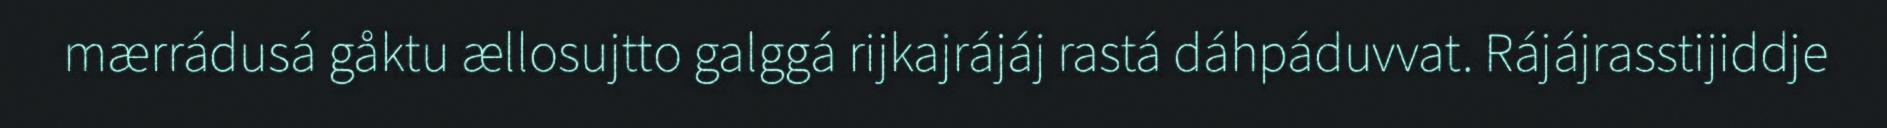
mærrádusá gåktu ællosujtto galggá rijkajrájáj rastá dáhpáduvvat. Rájájrasstijiddje